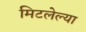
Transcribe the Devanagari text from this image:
मिटलेल्या